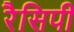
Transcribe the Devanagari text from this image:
रैसिपी